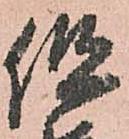
但